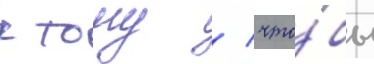
к тому / что́бы